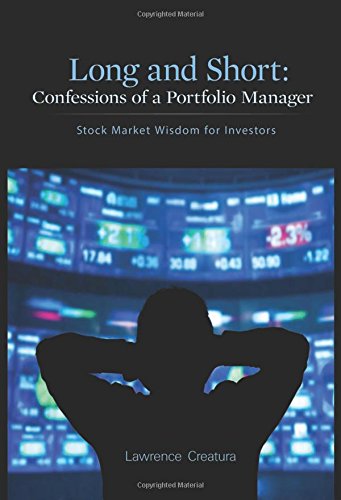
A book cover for Long and Short: Confessions of a Portfolio Manager: Stock Market Wisdom for Investors; Lawrence Creatura; Business & Money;